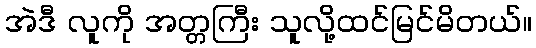
အဲဒီ လူကို အတ္တကြီး သူလို့ထင်မြင်မိတယ်။